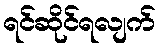
ရင်ဆိုင်ရလျက်